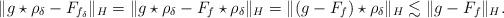
LaTeX: \begin{align*}\|g\star\rho_\delta-F_{f_\delta}\|_{H}=\|g\star\rho_\delta-F_f\star\rho_\delta\|_{H}=\|(g-F_f)\star\rho_\delta\|_{H}\lesssim \|g-F_f\|_{H}.\end{align*}